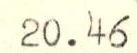
20.46